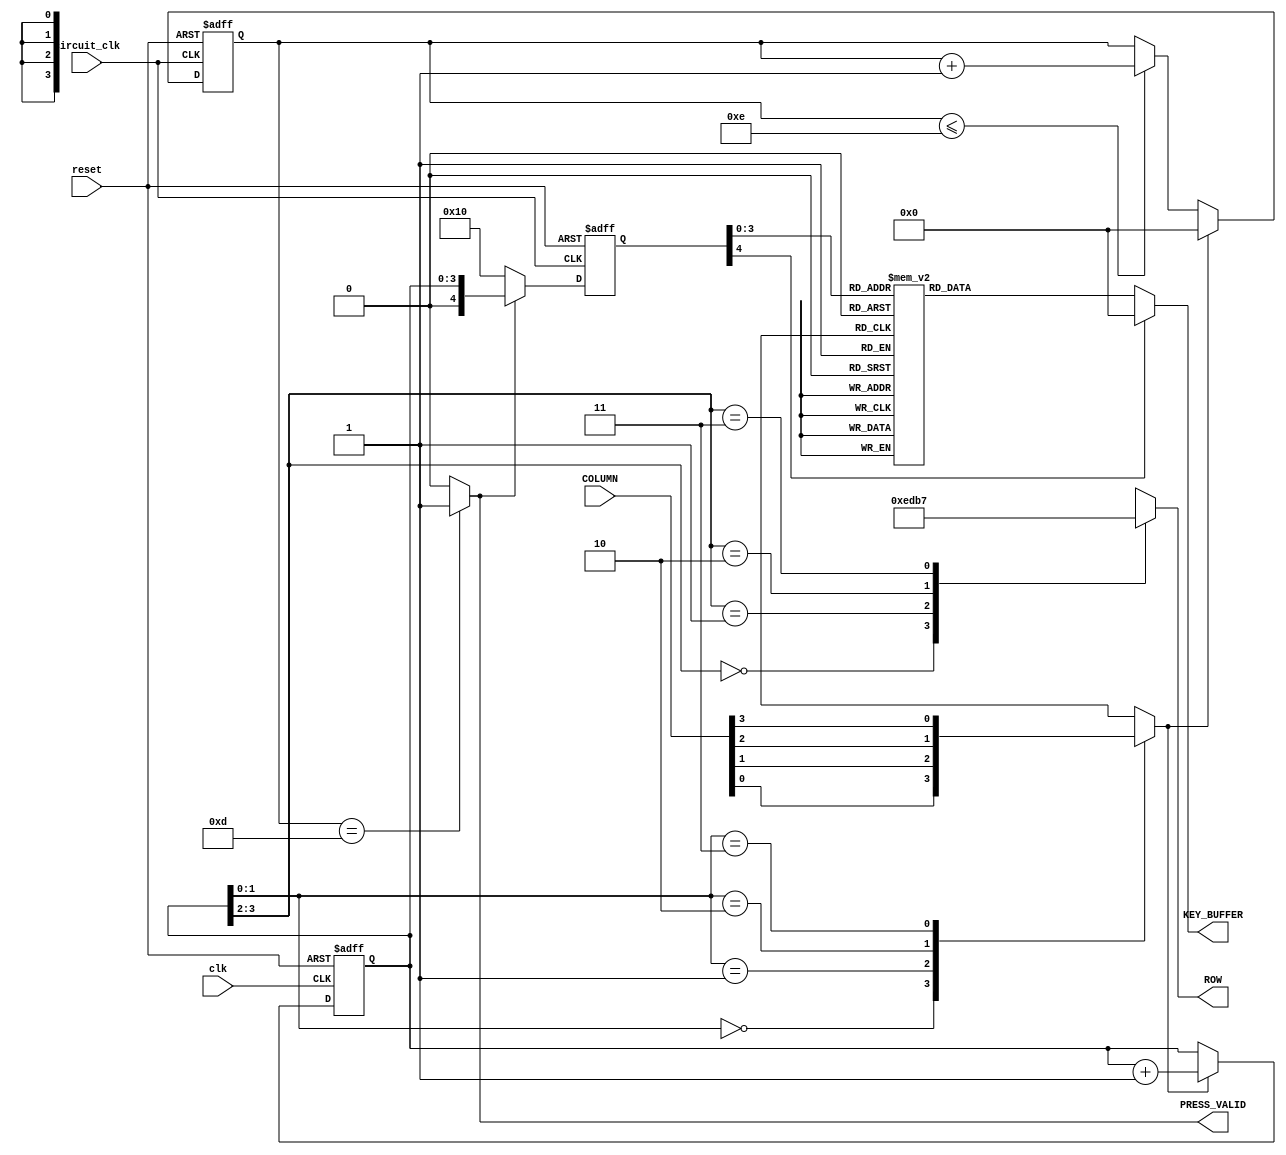
module KEYBOARD (ROW, KEY_BUFFER, PRESS_VALID, COLUMN, reset, circuit_clk, clk);
  input  clk, circuit_clk;
  input  reset;
  input  [3:0]  COLUMN;
  output [3:0]  ROW;
  output [3:0]  KEY_BUFFER;
  output PRESS_VALID;
  reg    [3:0]  ROW;
  reg    [3:0]  DEBOUNCE_COUNT;
  reg    [3:0]  SCAN_CODE;
  reg    [4:0]  KEY_CODE;
  reg    [3:0] KEY_BUFFER;
  reg    PRESS;
  wire   PRESS_VALID;
  always @(posedge clk or negedge reset)
    begin
      if (!reset) 
	        SCAN_CODE <= 4'h0;
      else if (PRESS)
	        SCAN_CODE <= SCAN_CODE + 1;
    end
  always @(SCAN_CODE or COLUMN)
    begin
      case (SCAN_CODE[3:2])
        2'b00 : ROW = 4'b1110;
        2'b01 : ROW = 4'b1101;
        2'b10 : ROW = 4'b1011;
        2'b11 : ROW = 4'b0111;
      endcase
      case (SCAN_CODE[1:0])
        2'b00 : PRESS = COLUMN[0];
        2'b01 : PRESS = COLUMN[1];
        2'b10 : PRESS = COLUMN[2];
        2'b11 : PRESS = COLUMN[3];
      endcase
    end
  always @(posedge circuit_clk or negedge reset)
    begin
      if (!reset)
	        DEBOUNCE_COUNT <= 4'h0;
	   else if (PRESS)
			  DEBOUNCE_COUNT <= 4'h0;
      else if (DEBOUNCE_COUNT <= 4'hE)
	        DEBOUNCE_COUNT <= DEBOUNCE_COUNT + 1;
    end 
  assign PRESS_VALID = (DEBOUNCE_COUNT == 4'hD) ?
                        1'b1 : 1'b0;
  always @(negedge circuit_clk or negedge reset)
    begin
      if (!reset)
         KEY_CODE <= 5'b10000;     
      else if (PRESS_VALID)
         KEY_CODE <= {1'b0,SCAN_CODE};
		else
			KEY_CODE <= 5'b10000;
    end
  always @(KEY_CODE)
   begin
    case (KEY_CODE)
     {1'b0,4'hC} : KEY_BUFFER = 4'h0; 
     {1'b0,4'hD} : KEY_BUFFER = 4'h1; 
     {1'b0,4'h9} : KEY_BUFFER = 4'h2; 
     {1'b0,4'h5} : KEY_BUFFER = 4'h3; 
     {1'b0,4'hE} : KEY_BUFFER = 4'h4; 
     {1'b0,4'hA} : KEY_BUFFER = 4'h5; 
     {1'b0,4'h6} : KEY_BUFFER = 4'h6; 
     {1'b0,4'hF} : KEY_BUFFER = 4'h7; 
     {1'b0,4'hB} : KEY_BUFFER = 4'h8; 
     {1'b0,4'h7} : KEY_BUFFER = 4'h9; 
     {1'b0,4'h8} : KEY_BUFFER = 4'hA; 
     {1'b0,4'h4} : KEY_BUFFER = 4'hB; 
     {1'b0,4'h3} : KEY_BUFFER = 4'hC; 
     {1'b0,4'h2} : KEY_BUFFER = 4'hD; 
     {1'b0,4'h1} : KEY_BUFFER = 4'hE; 
     {1'b0,4'h0} : KEY_BUFFER = 4'hF; 
	  default: KEY_BUFFER = 4'h0;
    endcase  
   end
endmodule